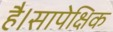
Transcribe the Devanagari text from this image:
है।सापेक्षिक